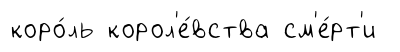
коро́ль корол'е́вства см'е́рт'и